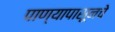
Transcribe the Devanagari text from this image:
पाण्यापासूनचे